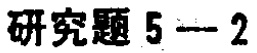
研究题 5---2